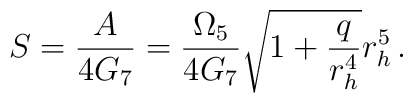
S=\frac{A}{4G_7}=\frac{\Omega_5}{4G_7}\sqrt{1+\frac{q}{r_h^4}}r_h^5 \,.